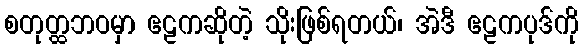
စတုတ္ထဘဝမှာ ဧဠကဆိုတဲ့ သိုးဖြစ်ရတယ်၊ အဲဒီ ဧဠကပုဒ်ကို